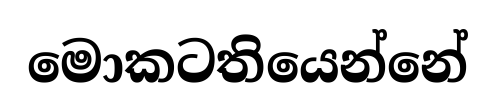
මොකටතියෙන්නේ